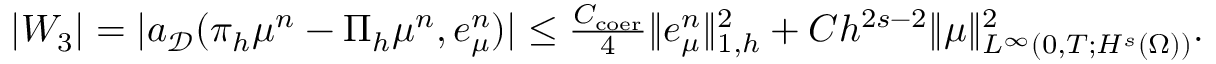
\begin{array} { r } { | W _ { 3 } | = | a _ { \mathcal { D } } ( \boldsymbol { \pi } _ { h } \mu ^ { n } - \boldsymbol { \Pi } _ { h } \mu ^ { n } , \boldsymbol { e } _ { \mu } ^ { n } ) | \leq \frac { C _ { \mathrm { c o e r } } } { 4 } \| \boldsymbol { e } _ { \mu } ^ { n } \| _ { 1 , h } ^ { 2 } + C h ^ { 2 s - 2 } \| \mu \| _ { L ^ { \infty } ( 0 , T ; H ^ { s } ( \Omega ) ) } ^ { 2 } . } \end{array}